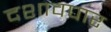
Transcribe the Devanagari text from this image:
दशावपार